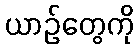
ယာဉ်တွေကို